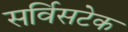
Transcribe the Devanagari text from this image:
सर्विसटेक